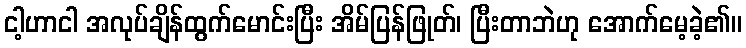
ငါ့ဟာငါ အလုပ်ချိန်ထွက်မောင်းပြီး အိမ်ပြန်ဖြုတ်၊ ပြီးတာဘဲဟု အောက်မေ့ခဲ့၏။